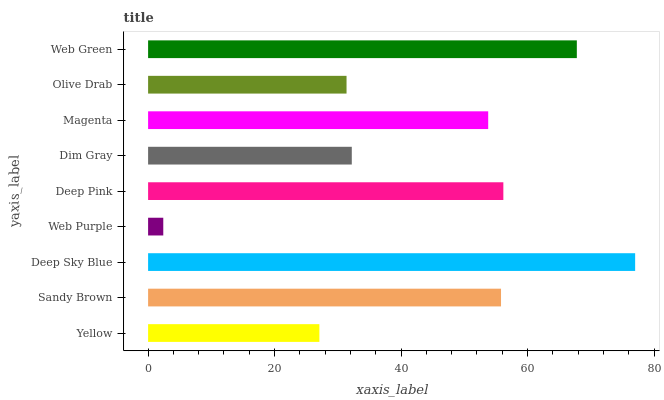
| yaxis_label | bars |
 | --- | --- |
 | Yellow | 27.1 |
 | Sandy Brown | 55.8 |
 | Deep Sky Blue | 77 |
 | Web Purple | 2.4 |
 | Deep Pink | 56.2 |
 | Dim Gray | 32.2 |
 | Magenta | 53.8 |
 | Olive Drab | 31.4 |
 | Web Green | 67.8 |